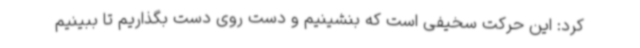
کرد: این حرکت سخیفی است که بنشینیم و دست روی دست بگذاریم تا ببینیم